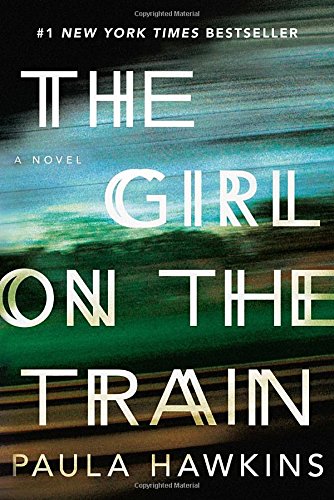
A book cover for The Girl on the Train; Paula Hawkins; Mystery, Thriller & Suspense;